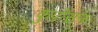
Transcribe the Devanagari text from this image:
कुपोसन